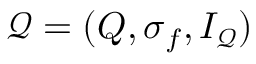
{ \mathcal { Q } } = ( Q , \sigma _ { f } , I _ { \mathcal { Q } } )